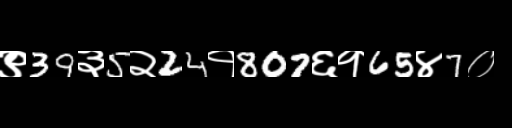
Text: ९39३5२24१807६१65४7०